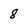
Character: 8